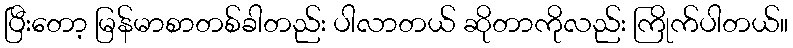
ပြီးတော့ မြန်မာစာတစ်ခါတည်း ပါလာတယ် ဆိုတာကိုလည်း ကြိုက်ပါတယ်။